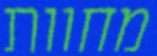
מחוות